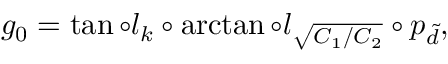
g _ { 0 } = \tan \circ l _ { k } \circ \arctan \circ l _ { \sqrt { C _ { 1 } / C _ { 2 } } } \circ p _ { \tilde { d } } ,